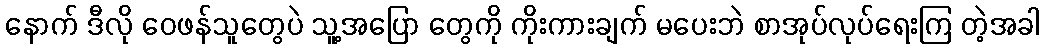
နောက် ဒီလို ဝေဖန်သူတွေပဲ သူ့အပြော တွေကို ကိုးကားချက် မပေးဘဲ စာအုပ်လုပ်ရေးကြ တဲ့အခါ